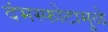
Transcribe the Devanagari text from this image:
दंभस्फोटामुळे